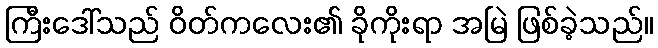
ကြီးဒေါ်သည် ဝိတ်ကလေး၏ ခိုကိုးရာ အမြဲ ဖြစ်ခဲ့သည်။